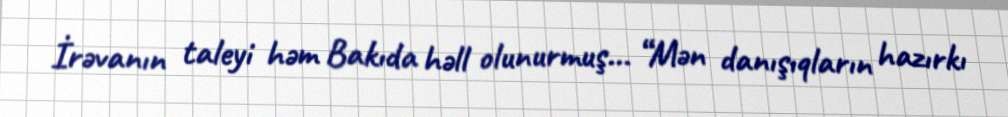
İrəvanın taleyi həm Bakıda həll olunurmuş... “Mən danışıqların hazırkı